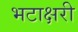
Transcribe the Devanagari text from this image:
भटाक्षरी